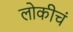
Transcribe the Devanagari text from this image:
लोकीचं